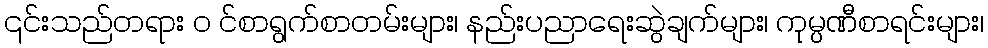
၎င်းသည်တရား ၀ င်စာရွက်စာတမ်းများ၊ နည်းပညာရေးဆွဲချက်များ၊ ကုမ္ပဏီစာရင်းများ၊